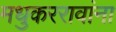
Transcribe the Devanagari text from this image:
मधुकररावांना